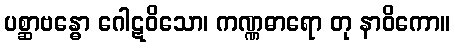
ပစ္ဆာဗန္ဓော ဂေါဋဝိသော၊ ကဏ္ဏဓာရော တု နာဝိကော။